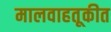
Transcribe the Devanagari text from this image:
मालवाहतूकीत